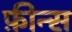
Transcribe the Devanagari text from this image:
फ़ीन्स